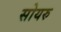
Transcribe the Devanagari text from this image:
सोयरु